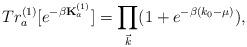
LaTeX: \begin{align*}Tr_{a}^{(1)} [e^{-\beta{\bf K}_{a}^{(1)}}] =\prod_{\vec k}(1+e^{-\beta(k_0-\mu)}), \end{align*}